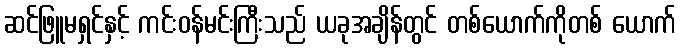
ဆင်ဖြူမရှင်နှင့် ကင်းဝန်မင်းကြီးသည် ယခုအချိန်တွင် တစ်ယောက်ကိုတစ် ယောက်